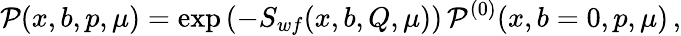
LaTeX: {\cal P}(x,b,p,\mu)=\exp\left(-S_{wf}(x,b,Q,\mu)\right)\, {\cal P}^{(0)}(x,b=0,p,\mu)\, ,